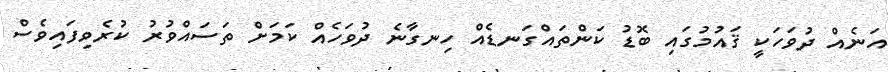
އަނެއް ދުވަހަކީ ޤައުމުގައި ބޮޑު ކަންތައްގަނޑެއް ހިނގާނެ ދުވަހެއް ކަމަށް ތަސައްވުރު ކުރެވިފައިވެސް